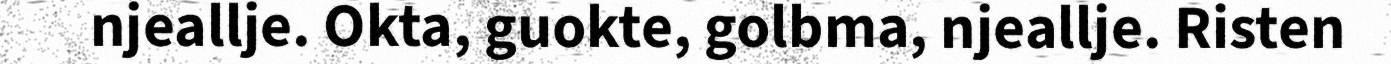
njeallje. Okta, guokte, golbma, njeallje. Risten